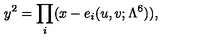
y ^ { 2 } = \prod _ { i } ( x - e _ { i } ( u , v ; \Lambda ^ { 6 } ) ) ,